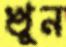
খুন